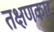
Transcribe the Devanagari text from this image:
तक्षणकार